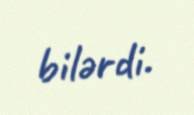
bilərdi.